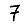
Digit: 7